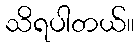
သိရပါတယ်။